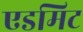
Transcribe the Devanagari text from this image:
एडमिट